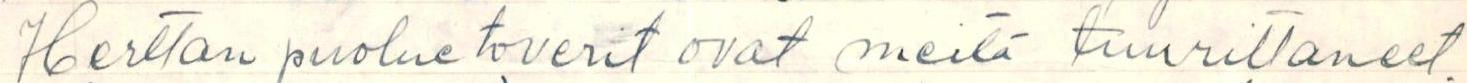
Herttan puolue toverit ovat meitä tuurittaneet.